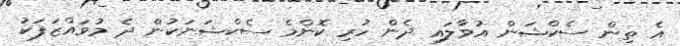
އެ ތިން ސެކްޝަން އުވާލައި ދެން ހުރި ކޮންމެ ސެކްޝަނަކުން ދެ މުވައްޒަފަކު